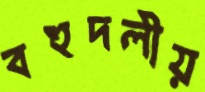
বহুদলীয়